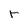
Character: r